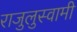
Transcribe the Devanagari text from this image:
राजुलुस्वामी